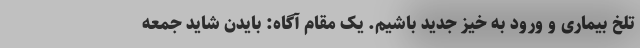
تلخ بیماری و ورود به خیز جدید باشیم. یک مقام آگاه: بایدن شاید جمعه